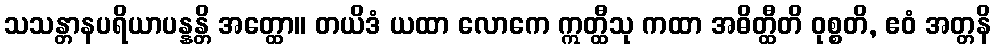
သသန္တာနပရိယာပန္နန္တိ အတ္ထော။ တယိဒံ ယထာ လောကေ ဣတ္ထီသု ကထာ အဓိတ္ထီတိ ဝုစ္စတိ, ဧဝံ အတ္တနိ